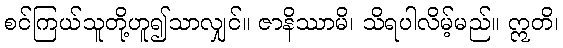
စင်ကြယ်သူတို့ဟူ၍သာလျှင်။ ဇာနိဿာမိ၊ သိရပါလိမ့်မည်။ ဣတိ၊